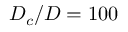
D _ { c } / D = 1 0 0